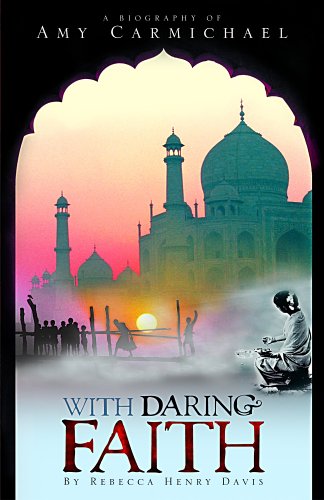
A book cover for With Daring Faith: A Biography of Amy Carmichael; Rebecca Davis; Teen & Young Adult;